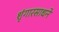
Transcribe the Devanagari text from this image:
शृंगारसाधने